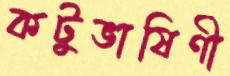
কটুভাষিণী